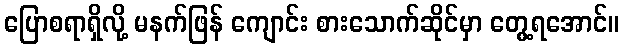
ပြောစရာရှိလို့ မနက်ဖြန် ကျောင်း စားသောက်ဆိုင်မှာ တွေ့ရအောင်။